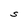
Character: S